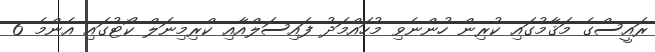
ރައީސްގެ މަޤާމުގައި ކުރިން ހުންނެވި މުހައްމަދު ފައިސަލްއާއި ކްރިމިނަލް ކޯޓުގައި އެންމެ 6